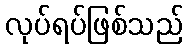
လုပ်ရပ်ဖြစ်သည်